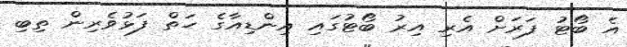
އެ ބޯޓު ފަރަށް އެރި އިރު ބޯޓުގައި އިންޑިއާގެ ހަތް ފަޅުވެރިން ތިބި